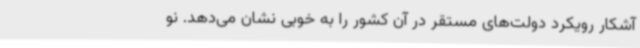
آشکار رویکرد دولت‌های مستقر در آن کشور را به خوبی نشان می‌دهد. نو